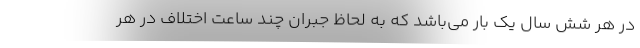
در هر شش سال یک بار می‌باشد که به لحاظ جبران چند ساعت اختلاف در هر